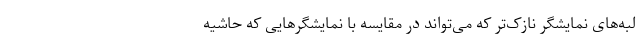
لبه‌های نمایشگر نازک‌تر که می‌تواند در مقایسه با نمایشگرهایی که حاشیه